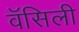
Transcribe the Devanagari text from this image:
वॅसिली